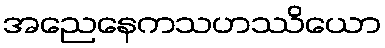
အညေနေကသဟဿိယော